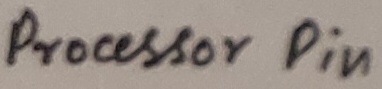
Text: Processor Pin